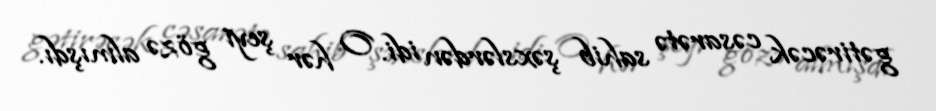
gətirəcək cəsarətə sahib şəxslərdən idi. O hər şeyi gözə almışdı.